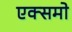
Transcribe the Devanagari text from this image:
एक्समो